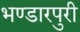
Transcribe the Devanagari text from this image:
भण्डारपुरी